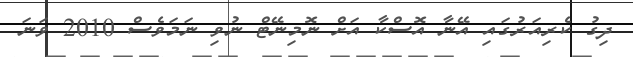
ދިގު ކެރިއަރުގައި އޭނާ އޮސްކާ އަށް ނޮމިނޭޓް ނުވި ނަމަވެސް 2010 ވަނަ